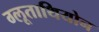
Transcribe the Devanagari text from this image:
ग्लूताथियोन